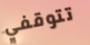
تتوقفي